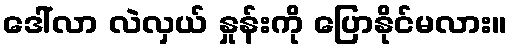
ဒေါ်လာ လဲလှယ် နှုန်းကို ပြောနိုင်မလား။